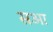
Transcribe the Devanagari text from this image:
सआ